Language: tamil
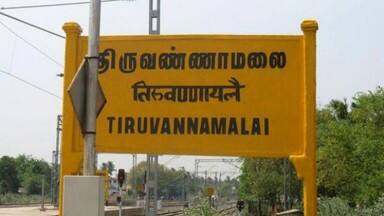
Transcription: திருவண்ணாமலை